Annual statistical returns and brief notes on vaccination in Bengal - 1896-1909
Year: 1896
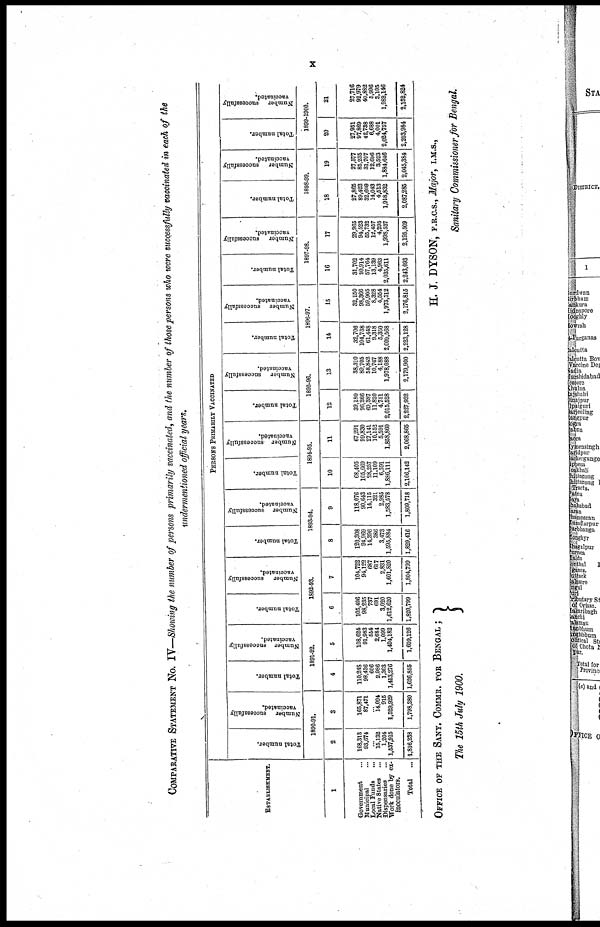
x
COMPARATIVE STATEMENT No. IV—Showing the number of persons primarily vaccinated, and the number of those persons who were successfully vaccinated in each of the
undermentioned official years.
ESTABLISHMENT.
1
Government...
Municipal...
Local Funds...
Native States...
Dispensaries...
Work done by ex-
inoculators.
Total...
PERSONS PRIMARILY VACCINATED
Total number.
Number
successfully
vaccinated.
1890-91.
2
168,313
93,674
... 15,132
1,204
1,537,915
1,816,238
3
165,871
87,471
... 14,094
915
1,529,929
1,798,280
Total number.
Number
successfully
vaccinated.
1891-92.
4
110,248
98,436
606
2,986
1,303
1,413,276
1,626,855
5
108,624
91,988
554
2,684
1,099
1,404,182
1,609,126
Total number.
Number
successfully
vaccinated.
1892-93.
6
105,496
98,235
737
691
3,020
1,612,620
1,820,799
7
104,722
94,122
687
617
2,831
1,601,820
1,804,799
Total number.
Number
successfully
vaccinated.
1893-94.
8
120,308
94,969
14,396
386
3,473
1,595,884
1,829,416
9
118,076
90,643
14,115
321
2,985
1,583,578
1,809,718
Total number.
Number successfully
vaccinated.
1894-95.
10
68,405
105,669
28,257
11,109
6,591
1,886,111
2,106,142
11
67,291
99,830
27,141
10,152
5,591
1,858,860
2,068,865
Total number.
Number
successfully
vaccinated.
1895-96.
12
39,180
96,266
60,387
11,820
4,751
2,015,528
2,227,932
13
38,310
89,705
58,842
10,767
4,188
1,978,088
2,179,900
Total number.
Number
successfully
vaccinated.
1896-97.
14
32,706
104,738
61,448
9,318
5,350
2,009,568
2,223,128
15
32,150
98,366
59,905
8,328
4,554
1,973,512
2,176,815
Total number.
Number
successfully
vaccinated.
1897-98.
16
31,702
99,914
57,764
18,139
4,963
2,035,611
2,243,093
17
29,965
94,523
55,732
12,457
4,295
1,998,537
2,195,509
Total number.
Number
successfully
vaccinated.
1898-99.
18
27,865
89,423
32,609
14,043
4,513
1,918,832
2,087,285
19
27,577
85,235
31,707
12,698
3,523
1,884,646
2,045,384
Total number.
Number
successfully
vaccinated.
1899-1900.
20
27,931
97,869
42,738
6,688
4,001
2,024,757
2,203,984
21
27,716
92,979
40,882
5,996
3,105
1,982,146
2,152,824
OFFICE OF THE SANY. COMMR. FOR BENGAL ;
The 15th July 1900.
H. J. DYSON, F.R.C.S., Major, I.M.S.,
Sanitary Commissioner for Bengal.